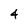
Character: 4